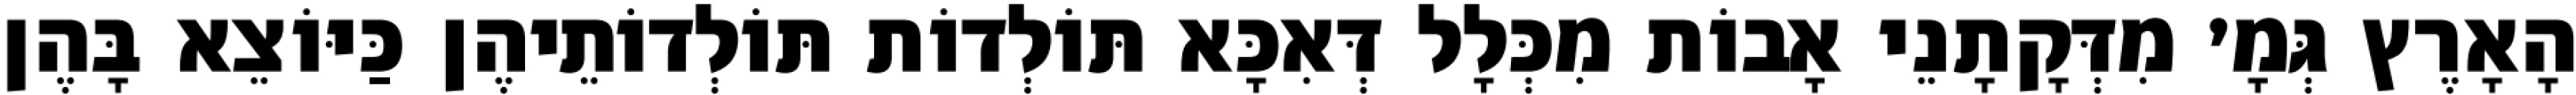
הָאָרֶץ גְּמָ׳ מִדְּקָתָנֵי אָבוֹת מִכְּלָל דְּאִכָּא תּוֹלְדוֹת תּוֹלְדוֹתֵיהֶן כַּיּוֹצֵא בָּהֶן